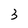
Character: 3